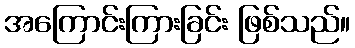
အကြောင်းကြားခြင်း ဖြစ်သည်။